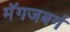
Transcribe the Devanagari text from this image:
मॅगजबर्ग